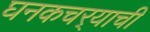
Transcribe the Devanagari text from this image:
घनकचर्‍याची